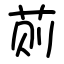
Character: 荝